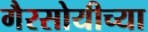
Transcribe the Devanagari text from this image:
गैरसोयीच्या